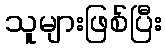
သူများဖြစ်ပြီး